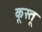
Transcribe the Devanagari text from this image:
कूस्तू